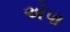
એપા